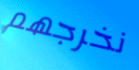
نخرجهم